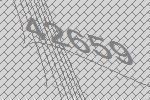
42659